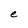
Character: e